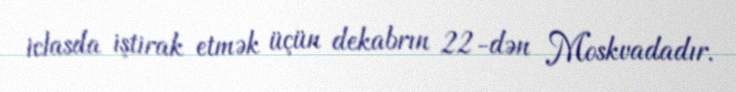
iclasda iştirak etmək üçün dekabrın 22-dən Moskvadadır.